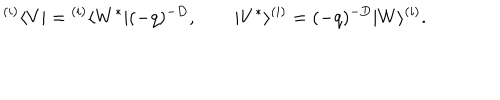
{ } ^ { ( i ) } \langle V | = { } ^ { ( i ) } \langle W ^ { * } | ( - q ) ^ { - D } , \qquad | V ^ { * } \rangle ^ { ( i ) } = ( - q ) ^ { - D } | W \rangle ^ { ( i ) } .